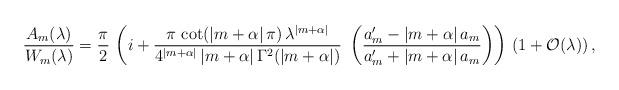
LaTeX: \begin{align*}\frac{A_m(\lambda)}{W_m(\lambda)} &= \frac{\pi}{2}\, \left(i + \frac{\pi \, \cot(|m+\alpha|\, \pi)\, \lambda^{|m+\alpha|}}{4^{|m+\alpha|}\, |m+\alpha|\, \Gamma^2( |m+\alpha|)}\ \left(\frac{a_m'- |m+\alpha|\, a_m}{a_m'+ |m+\alpha|\, a_m}\right) \right)\, \left(1+\mathcal{O}(\lambda)\right), \end{align*}